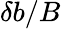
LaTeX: \delta b/B